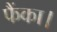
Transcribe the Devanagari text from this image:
फैंका।